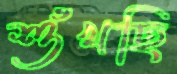
শুঁখছি